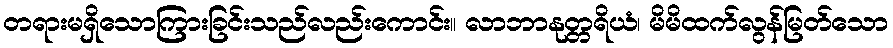
တရားမရှိသောကြားခြင်းသည်လည်းကောင်း။ လာဘာနုတ္တရိယံ၊ မိမိထက်လွန်မြတ်သော